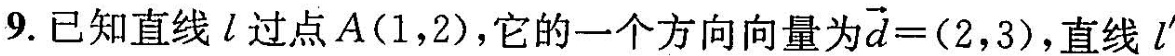
9.已知直线l过点A(1，2)，它的一个方向向量为 $$\overrightarrow{d} = ( 2 , 3 )$$ ，直线l^{\prime}